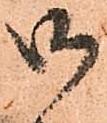
御